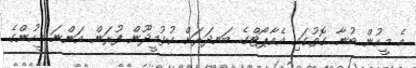
އެ މީހުން ބުނާ ގޮތުގައި އެއާޕޯޓްގެ ބަނދަރަށް ހުޅުމީދޫން ފުރަން އަންނަ މީހުންގެ